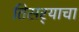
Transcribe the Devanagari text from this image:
तिसर्‍याचा